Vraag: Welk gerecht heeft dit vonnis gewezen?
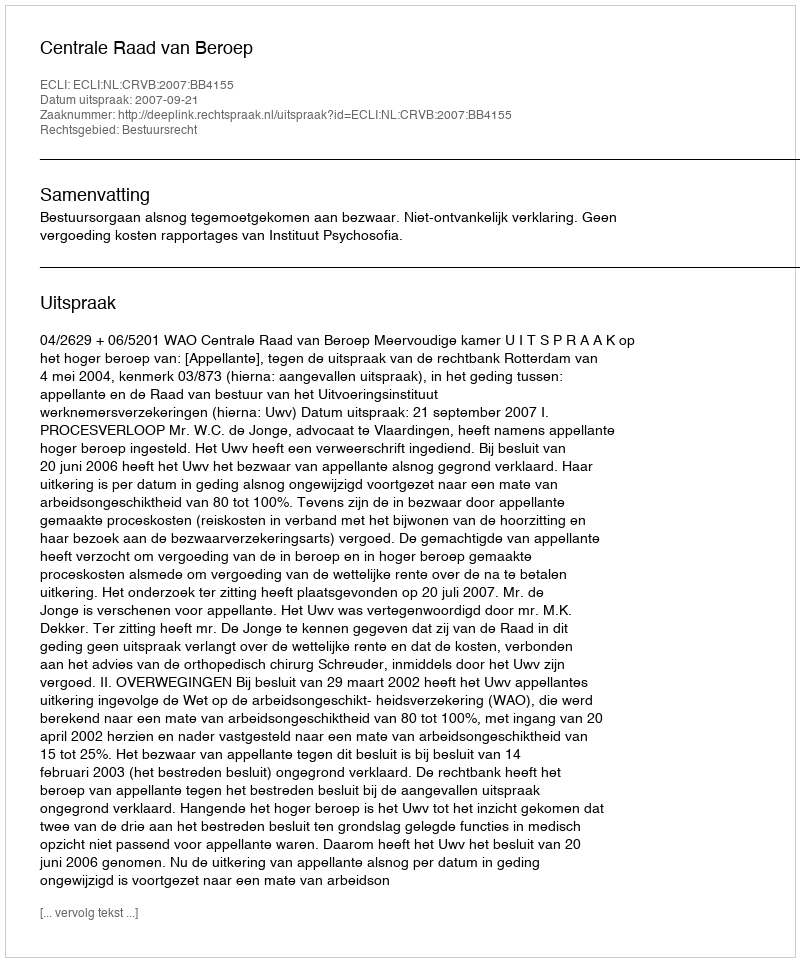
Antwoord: Centrale Raad van Beroep